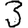
Digit: 3